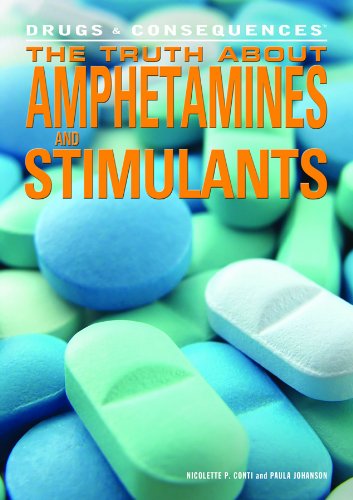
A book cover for The Truth about Amphetamines and Stimulants (Drugs & Consequences); Nicolette P. Conti; Teen & Young Adult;